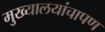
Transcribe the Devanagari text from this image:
मुख्यालयांचापण